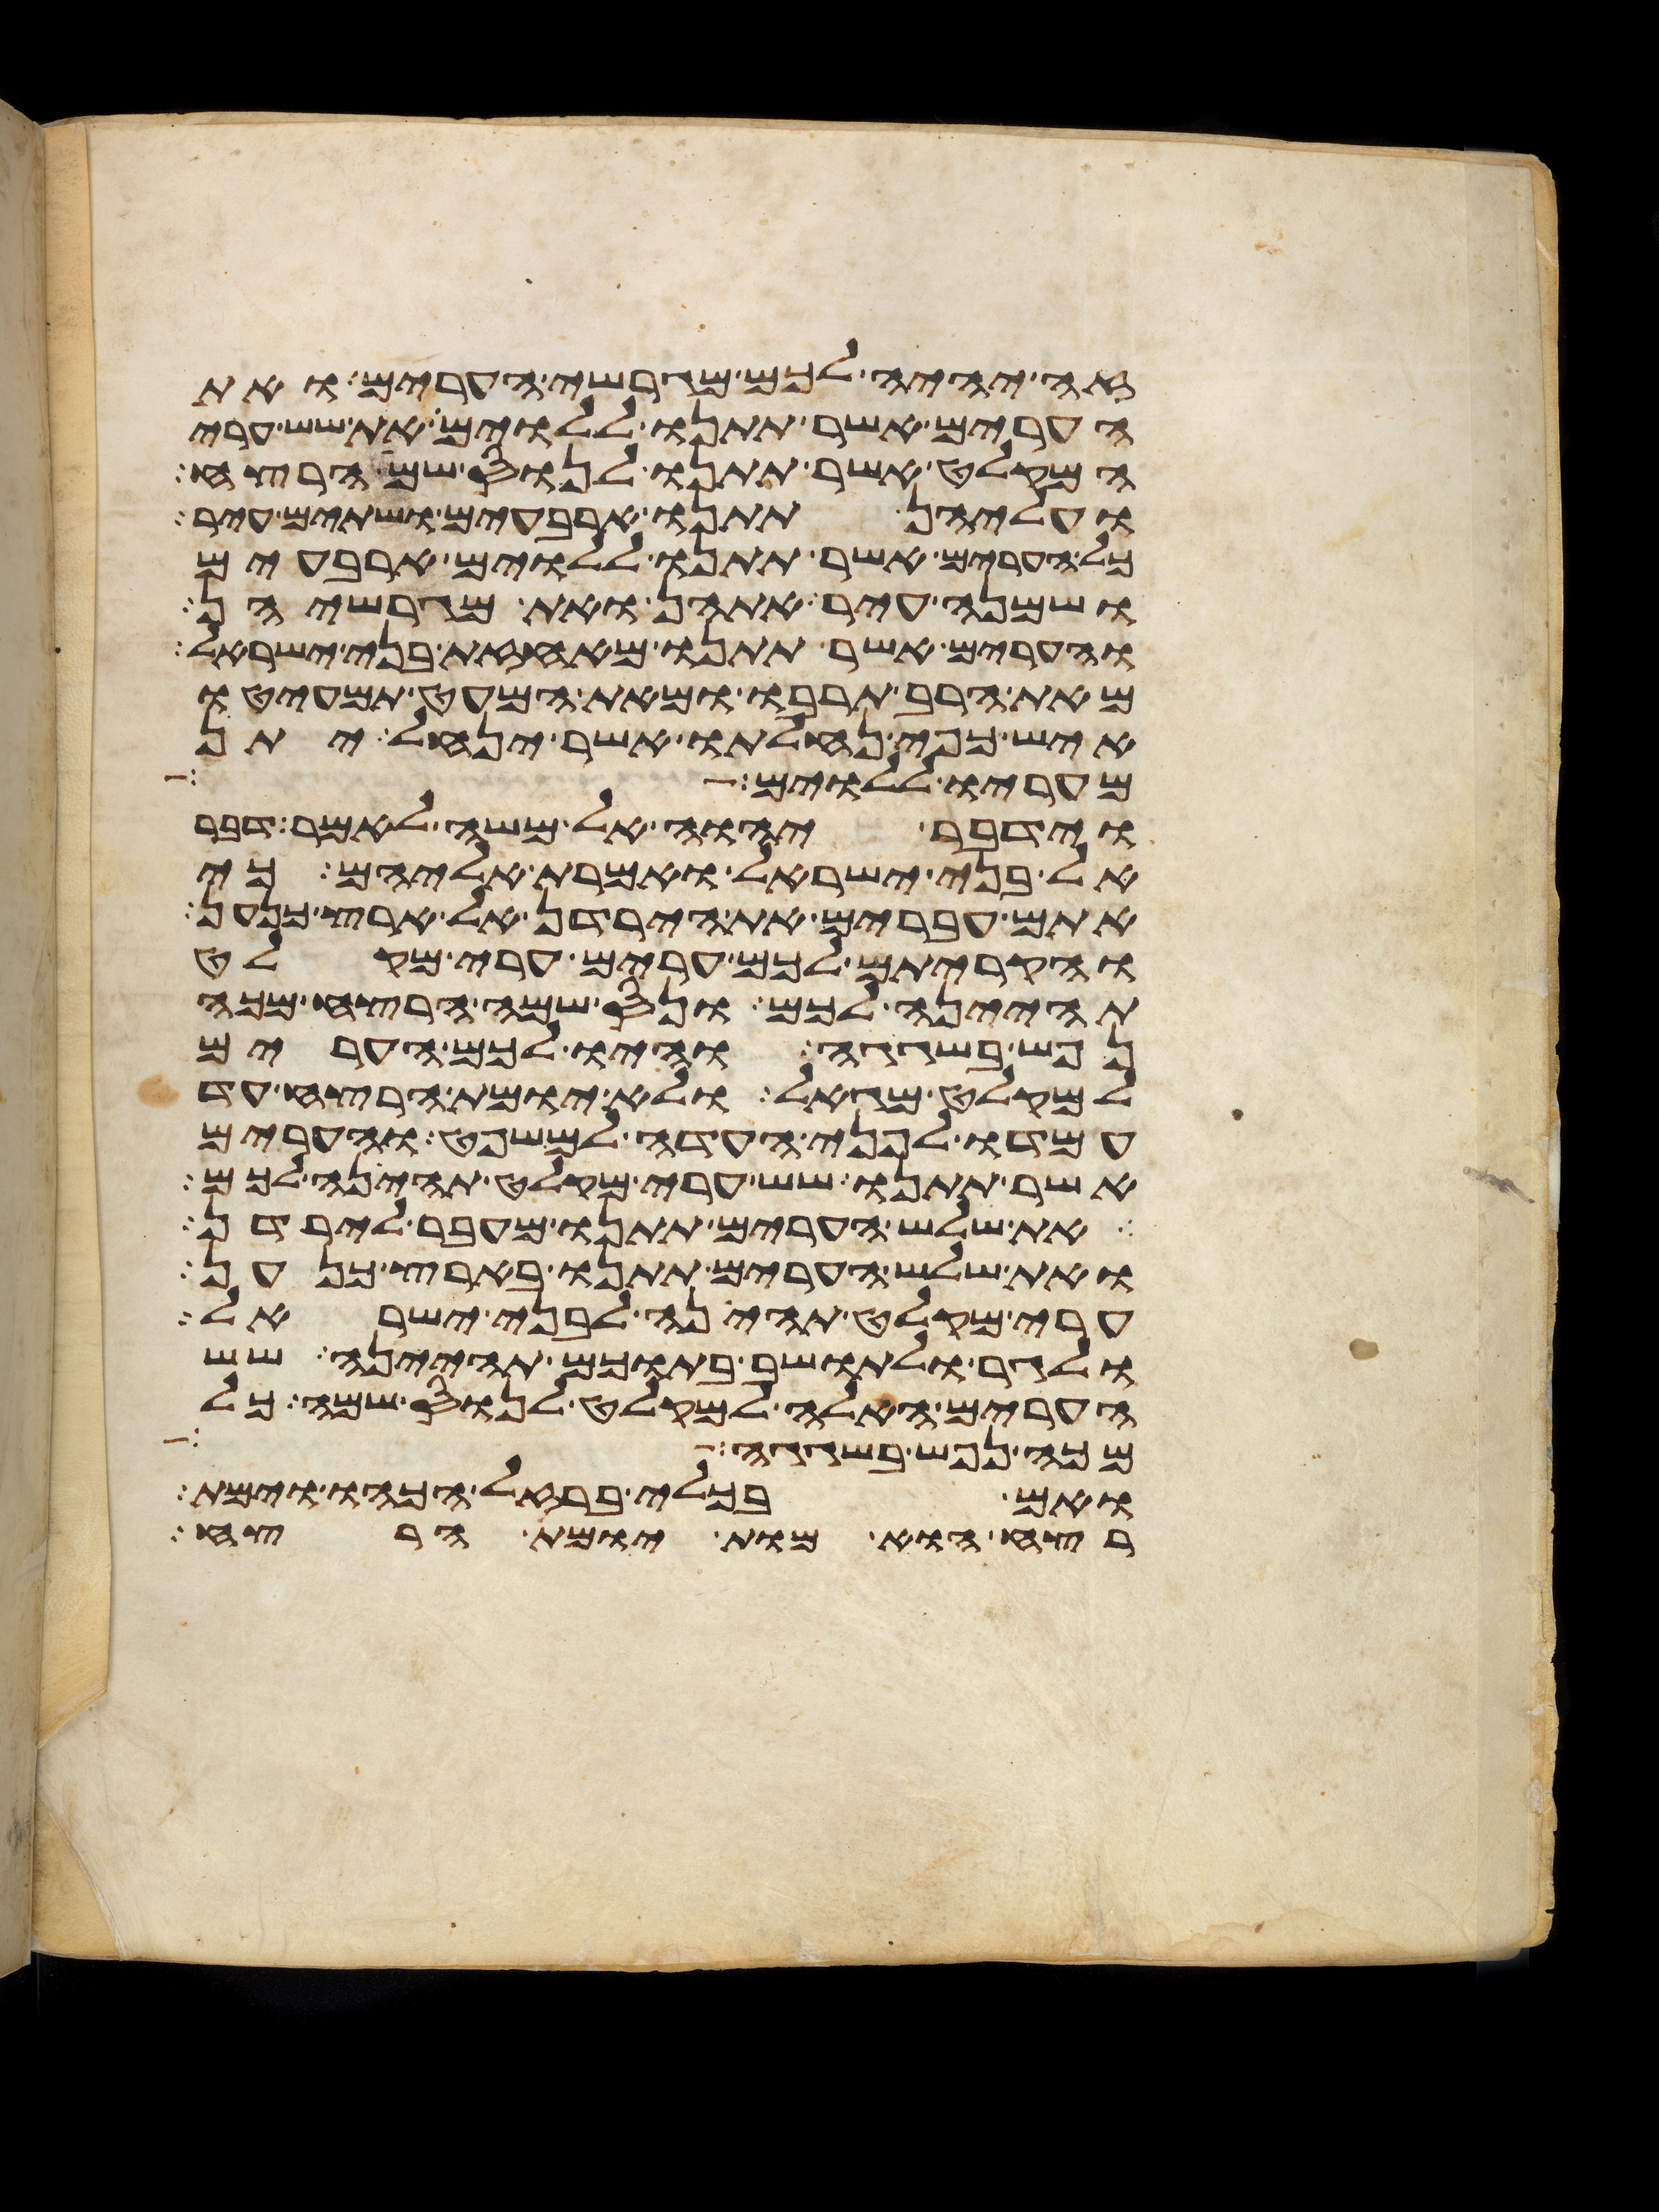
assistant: זה יהיה לכם מגרשי הערים ואת
הערים אשר תתנו ללוים את שש ערי
המקלט אשר תתנו לנוס שם הרצח
ועליהן תתנו ארבעים ושתים עיר
כל הערים אשר תתנו ללוים ארבעים
ושמנה עיר אתהן ואת מגרשיהן
והערים אשר תתנו מאחזת בני ישראל
מאת הרב תרבו ומאת המעט תמעיטו
איש כפי נחלתו אשר ינחל יתן
מעריו ללוים
וידבר יהוה אל משה לאמר דבר
אל בני ישראל ואמרת אליהם כי
אתם עברים את הירדן אל ארץ כנען
והקריתם לכם ערים ערי מקלט
תהיינה לכם ונס שמה הרצח מכה
נפש בשגגה והיו לכם הערים
למקלט מגאל ולא יומת הרצח עד
עמדו לפני העדה למשפט והערים
אשר תתנו שש ערי מקלט תהינה לכם
את שלש הערים תתנו מעבר לירדן
ואת שלש הערים תתנו בארץ כנען
ערי מקלט תהינה לבני ישראל
ולגר ולתושב בתוכם תהיינה שש
הערים האלה למקלט לנוס שמה כל
מכה נפש בשגגה
ואם בכלי ברזל הכהו וימת
רצח הוא מות יומת הרצח